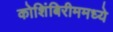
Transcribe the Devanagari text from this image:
कोशिंबिरीममध्ये